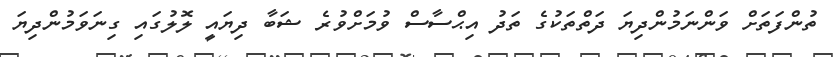
ތުންފަތަށް ވަންނަމުންދިޔަ ދަތްތަކުގެ ތަދު އިޙްސާސް ވުމަށްވުރެ ޝަބާ ދިޔައީ ލޮލުގައި ގިނަވަމުންދިޔަ